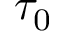
\tau _ { 0 }